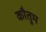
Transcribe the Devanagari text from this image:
कौतुम